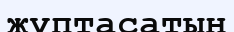
жұптасатын